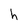
Character: h